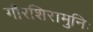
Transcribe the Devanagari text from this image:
गौरशिरामुनिः